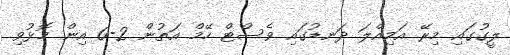
ލީގުގައި މިރޭ އަމިއްލަ ދަނޑުގައި ވެސްޓް ހޭމް އަތުން 2-0 އިން މޮޅުވި